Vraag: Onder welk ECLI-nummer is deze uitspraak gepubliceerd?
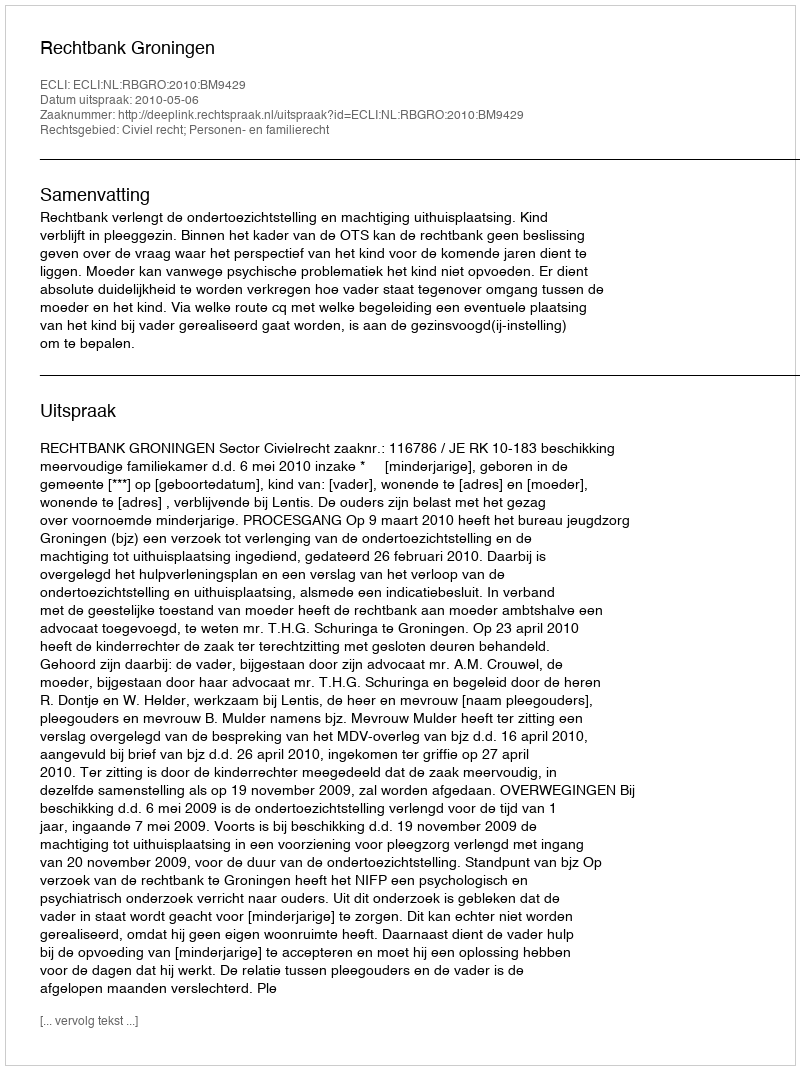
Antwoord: ECLI:NL:RBGRO:2010:BM9429